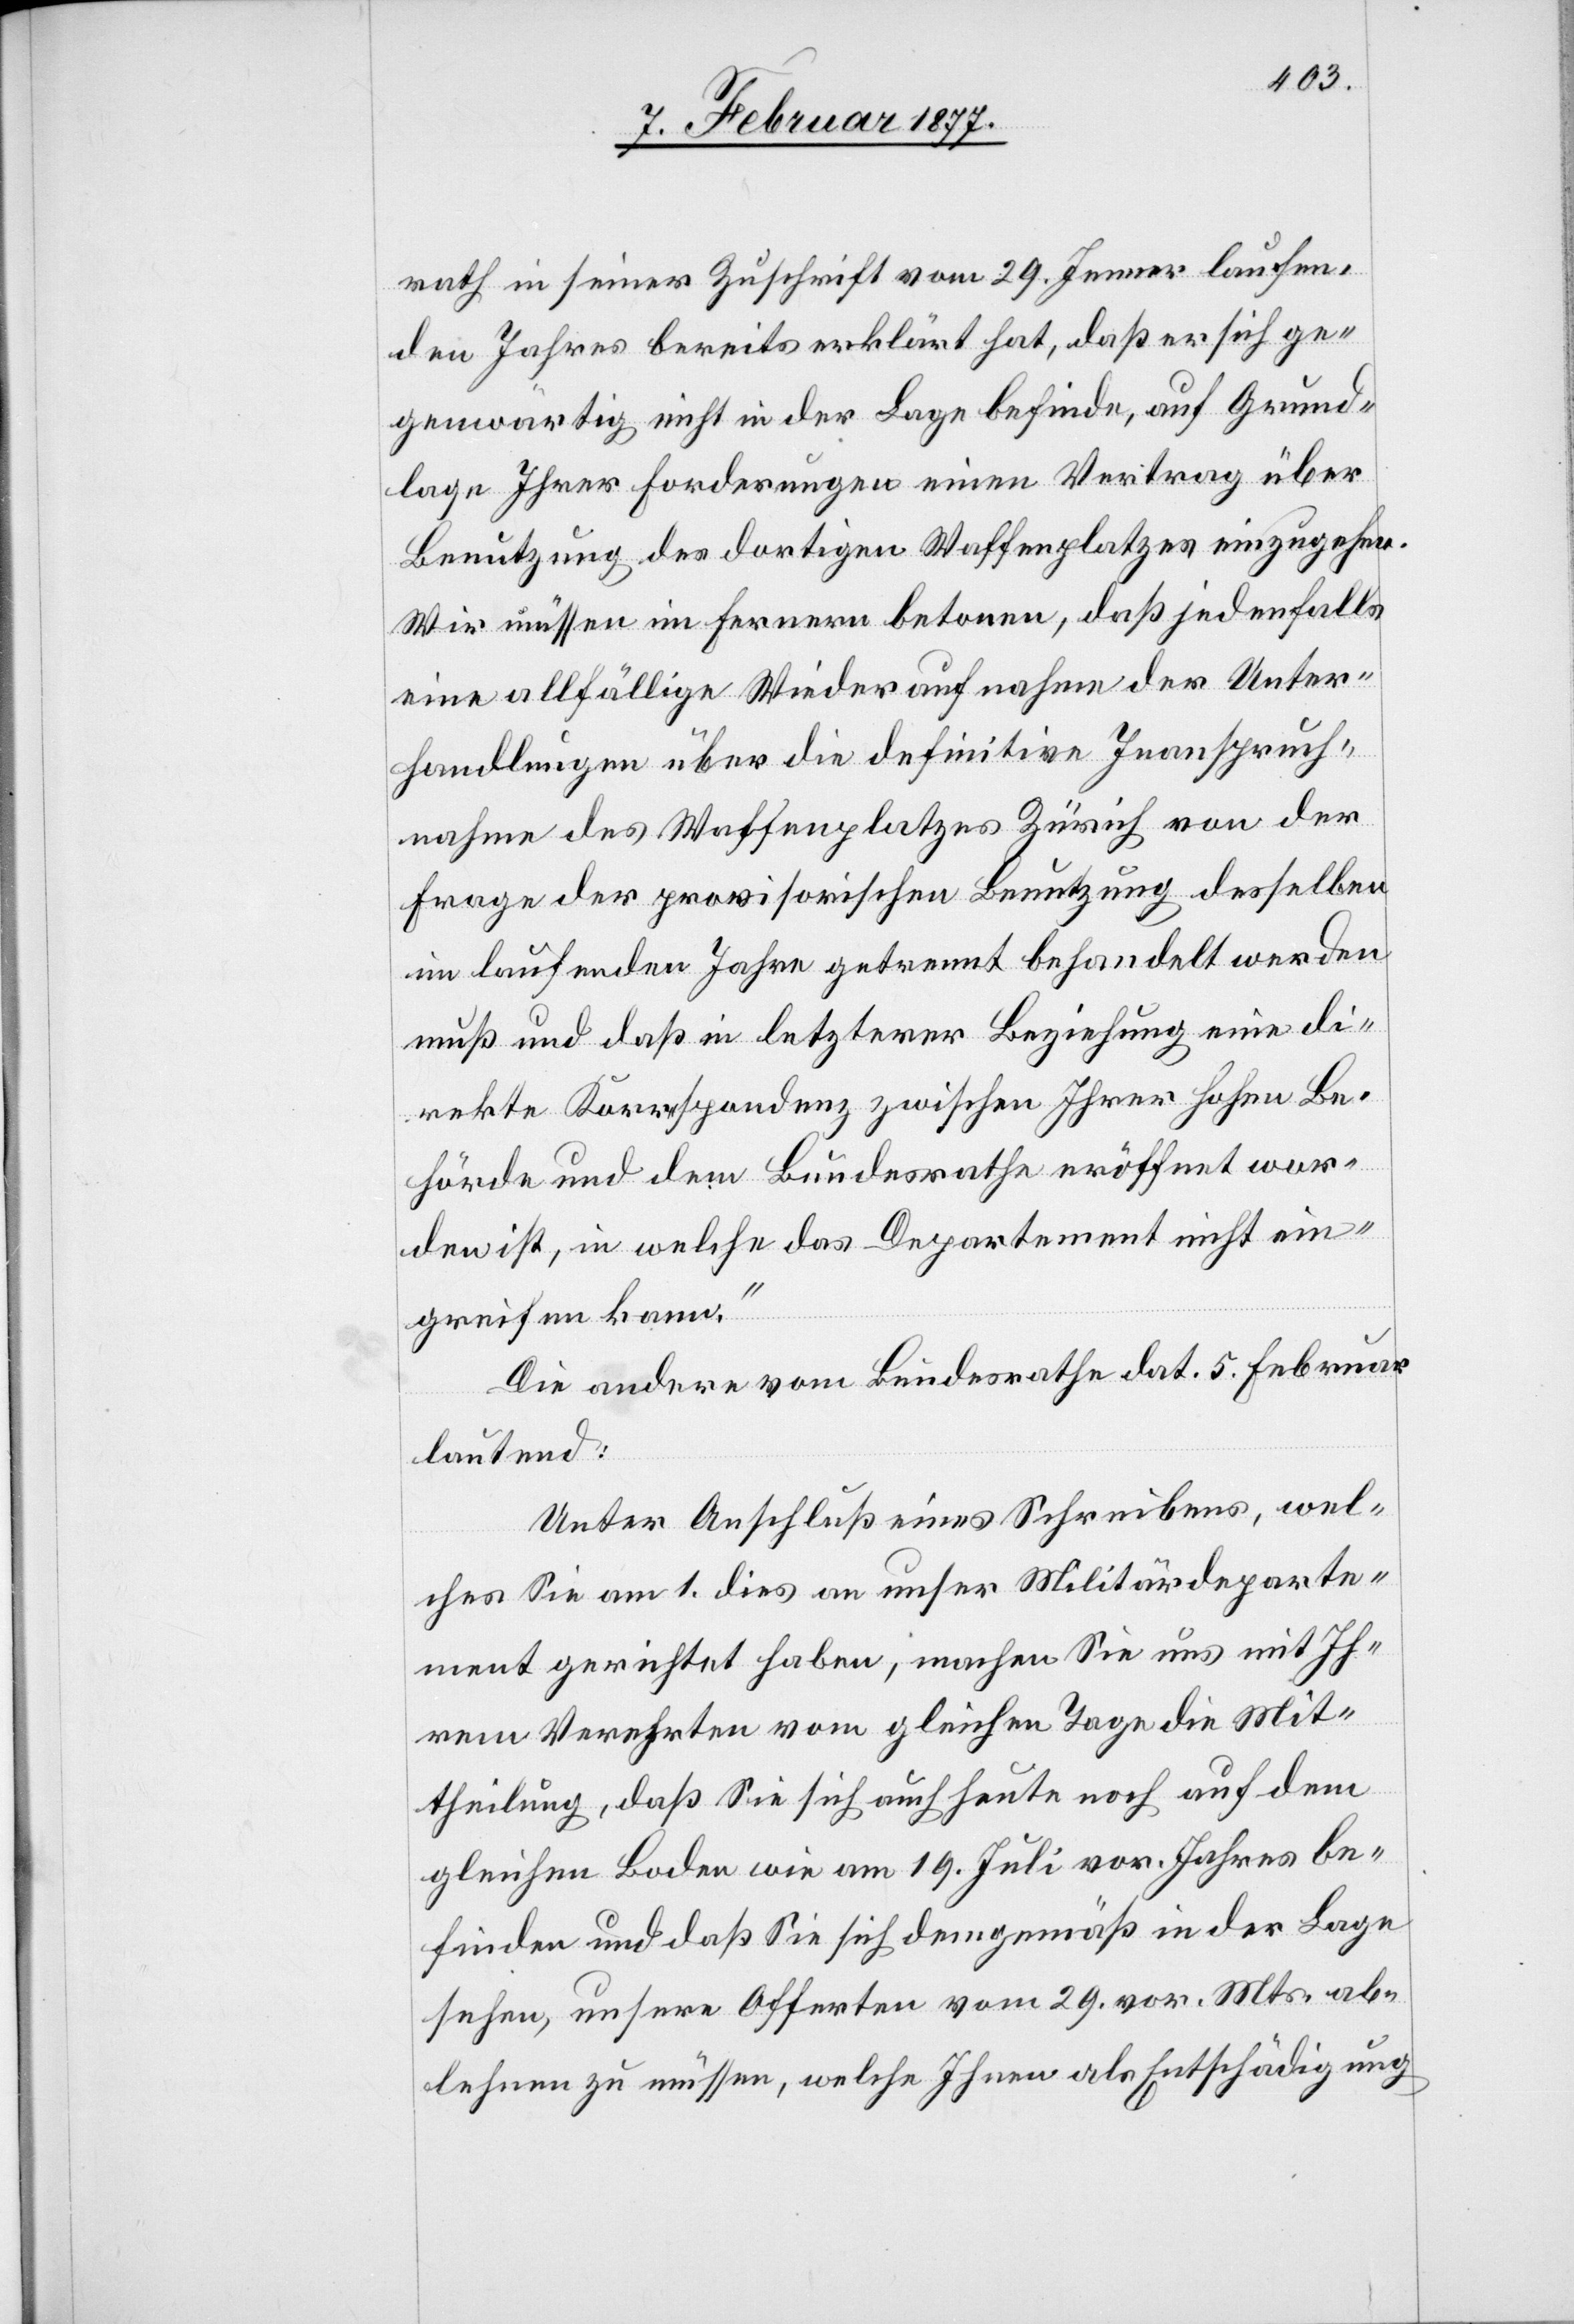
rath in seiner Zuschrift vom 29. Jenner laufen¬
den Jahres bereits erklärt hat, daß er sich ge¬
genwärtig nicht in der Lage befinde, auf Grund¬
lage Ihrer Forderungen einen Vertrag über
Benutzung des dortigen Waffenplatzes einzugehen.
Wir müssen im Fernern betonen, daß jedenfalls
eine allfällige Wiederaufnahme der Unter¬
handlungen über die definitive Inanspruch¬
nahme des Waffenplatzes Zürich von der
Frage der provisorischen Benutzung desselben
im laufenden Jahre getrennt behandelt werden
muß und daß in letzterer Beziehung eine di¬
rekte Korrespondenz zwischen Ihrer hohen Be¬
hörde und dem Bundesrathe eröffnet wor¬
den ist, in welche das Departement nicht ein¬
greifen kann.“
Die andere vom Bundesrathe dat. 5. Februar
lautend:
Unter Anschluß eines Schreibens, wel¬
ches Sie am 1. dies an unser Militärdeparte¬
ment gerichtet haben, machen Sie uns mit Ih¬
rem Verehrten vom gleichen Tage die Mit¬
theilung, daß Sie sich auch heute noch auf dem
gleichen Boden wie am 19. Juli vor. Jahres be¬
finden und daß Sie sich demgemäß in der Lage
sehen, unsere Offerten vom 29. vor. Mts. ab¬
lehnen zu müssen, welche Ihnen als Entschädigung